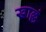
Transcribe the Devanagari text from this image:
खाल्लं